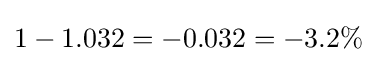
1-1.032=-0.032=-3.2\%